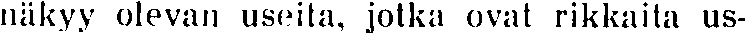
näkyy olevan useita, jotka ovat rikkaita us-